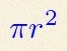
\pi r^2